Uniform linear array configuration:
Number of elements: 8
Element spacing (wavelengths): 1
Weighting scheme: kaiser
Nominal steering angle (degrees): -15
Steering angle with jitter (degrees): -14.955
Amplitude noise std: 0.05
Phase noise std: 0.05

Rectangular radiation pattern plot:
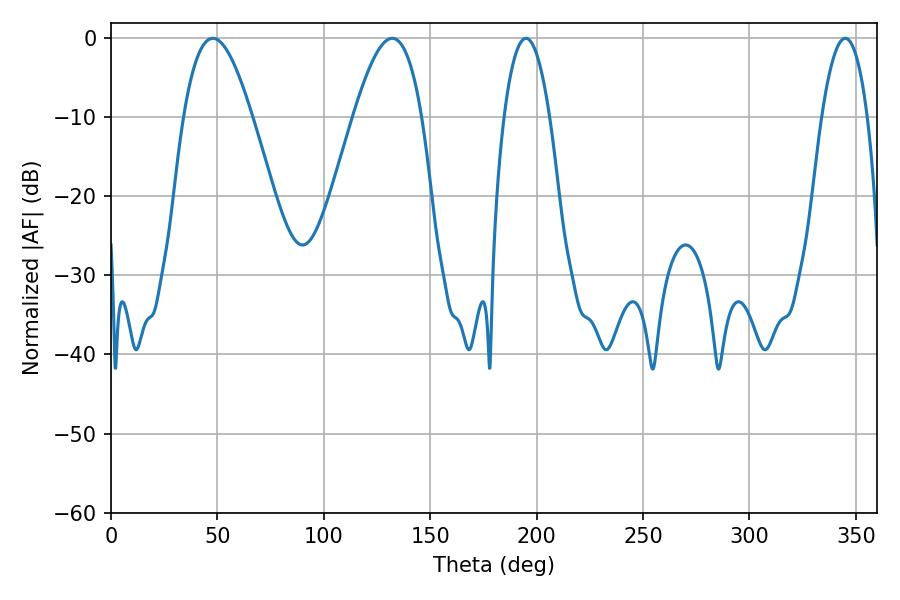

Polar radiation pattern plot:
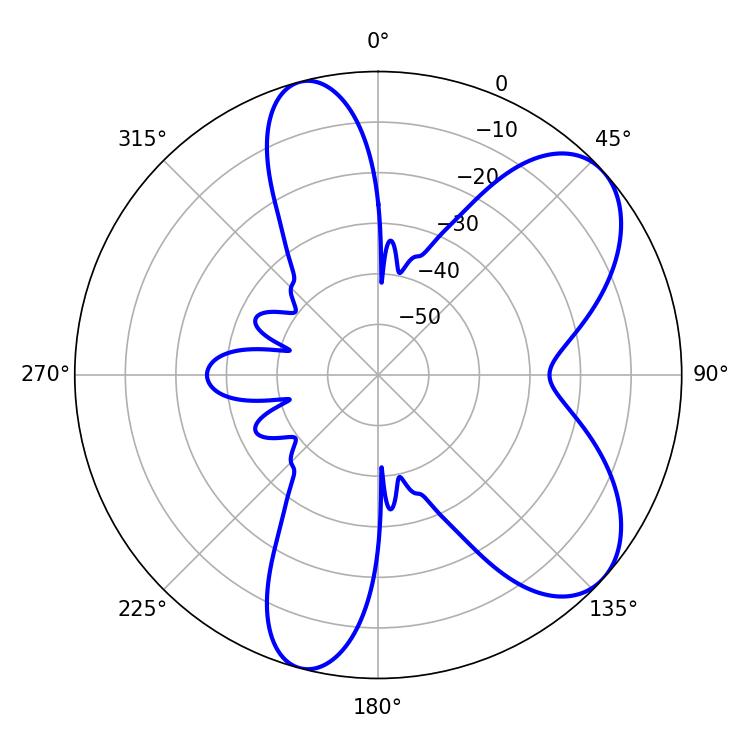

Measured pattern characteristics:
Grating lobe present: TRUE
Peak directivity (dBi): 7.192
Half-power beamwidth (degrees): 17.46
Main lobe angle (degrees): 47.88